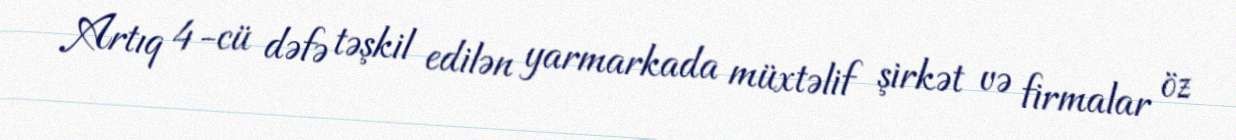
Artıq 4-cü dəfə təşkil edilən yarmarkada müxtəlif şirkət və firmalar öz